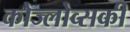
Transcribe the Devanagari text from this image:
कोज्लोव्सकी